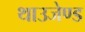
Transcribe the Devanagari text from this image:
थाउजेण्ड